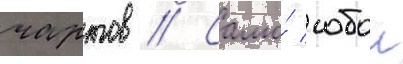
чартов // Само́ собои